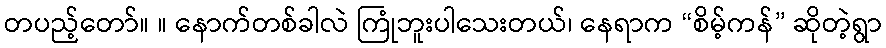
တပည့်တော်။ ။ နောက်တစ်ခါလဲ ကြုံဘူးပါသေးတယ်၊ နေရာက “စိမ့်ကန်” ဆိုတဲ့ရွာ